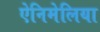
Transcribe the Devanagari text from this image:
ऐनिमेलिया